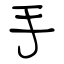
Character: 手